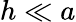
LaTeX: h\ll a